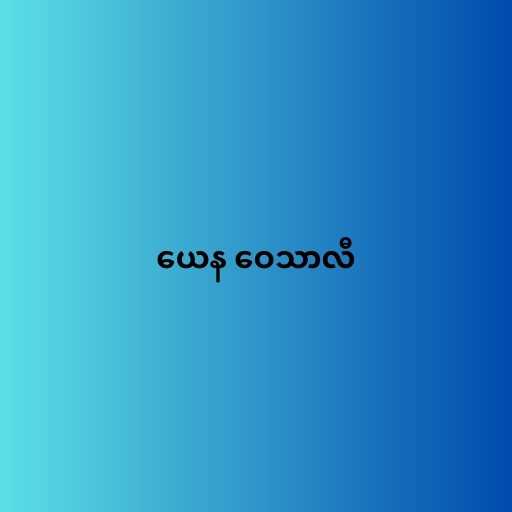
ယေန ဝေသာလီ